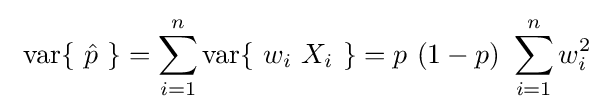
\ \operatorname {var} \{\ {\hat {p}}\ \}=\sum _{i=1}^{n}\operatorname {var} \{\ w_{i}\ X_{i}\ \}=p\ (1-p)\ \sum _{i=1}^{n}w_{i}^{2}~